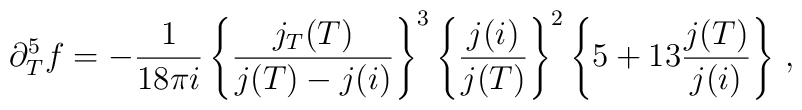
\partial_T^5 f =-\frac{1}{18 \pi i}\left\{\frac{j_T(T)}{j(T)-j(i)}\right\}^3\left\{\frac{j(i)}{j(T)}\right\}^2 \left\{5+13\frac{j(T)}{j(i)}\right\}\, ,